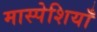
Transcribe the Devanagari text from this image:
मास्पेशियाँ